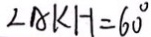
\angle A K H = 6 0 ^ { \circ }